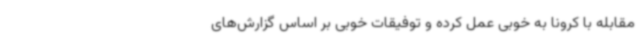
مقابله با کرونا به خوبی عمل کرده و توفیقات خوبی بر اساس گزارش‌های